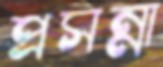
প্রসন্না